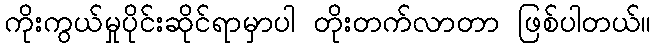
ကိုးကွယ်မှုပိုင်းဆိုင်ရာမှာပါ တိုးတက်လာတာ ဖြစ်ပါတယ်။